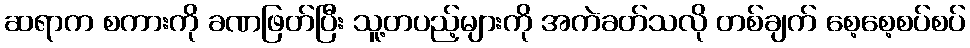
ဆရာက စကားကို ခဏဖြတ်ပြီး သူ့တပည့်များကို အကဲခတ်သလို တစ်ချက် စေ့စေ့စပ်စပ်